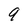
Character: 9